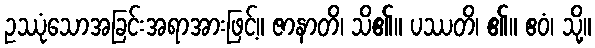
ဥဿုံသောအခြင်းအရာအားဖြင့်။ ဇာနာတိ၊ သိ၏။ ပဿတိ၊ ၏။ ဧဝံ၊ သို့။